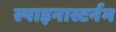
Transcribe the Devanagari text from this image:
स्पाइनास्टर्नम